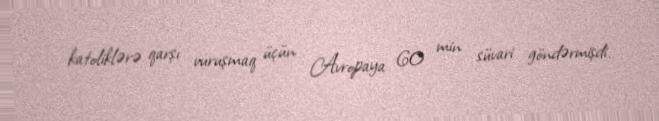
katoliklərə qarşı vuruşmaq üçün Avropaya 60 min süvari göndərmişdi.